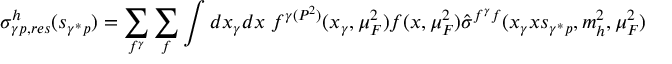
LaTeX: \sigma _ { \gamma p , r e s } ^ { h } ( s _ { \gamma ^ { * } p } ) = \sum _ { f ^ { \gamma } } \sum _ { f } \int d x _ { \gamma } d x \; f ^ { \gamma ( P ^ { 2 } ) } ( x _ { \gamma } , \mu _ { F } ^ { 2 } ) f ( x , \mu _ { F } ^ { 2 } ) \hat { \sigma } ^ { f ^ { \gamma } f } ( x _ { \gamma } x s _ { \gamma ^ { * } p } , m _ { h } ^ { 2 } , \mu _ { F } ^ { 2 } )